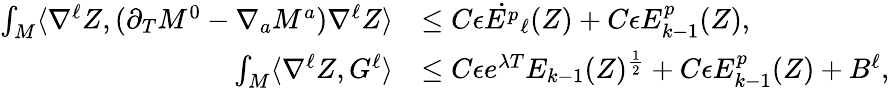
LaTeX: \begin{array}{rl}{\int_{M}\langle\nabla^{\ell}Z,(\partial_{T}M^{0}-\nabla_{a}M^{a})\nabla^{\ell}Z\rangle}&{\leq C\epsilon\dot{E^{p}}_{\ell}(Z)+C\epsilon E_{k-1}^{p}(Z),}\\ {\int_{M}\langle\nabla^{\ell}Z,G^{\ell}\rangle}&{\leq C\epsilon e^{\lambda T}E_{k-1}(Z)^{\frac{1}{2}}+C\epsilon E_{k-1}^{p}(Z)+B^{\ell},}\end{array}